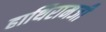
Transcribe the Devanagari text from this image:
हाथिरामजी